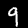
Label: 9